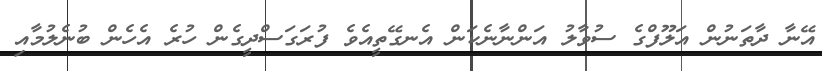
އޭނާ ދާތަނުން އަލޫފްގެ ސުވާލު އަންނާނެކަން އެނގޭތީއެވެ ފުރަގަސްދީގެން ހުރެ އެހެން ބުނެލުމާއި